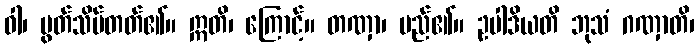
ဝါ၊ မွတ်သိပ်တတ်၏။ ဣတိ၊ ကြောင့်။ တဏှာ၊ မည်၏။ ဥပါဒိယတိ ဘုသံ ဂဏှာတိ၊